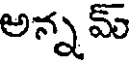
అన్న మ్